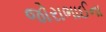
જોરાભાઈના